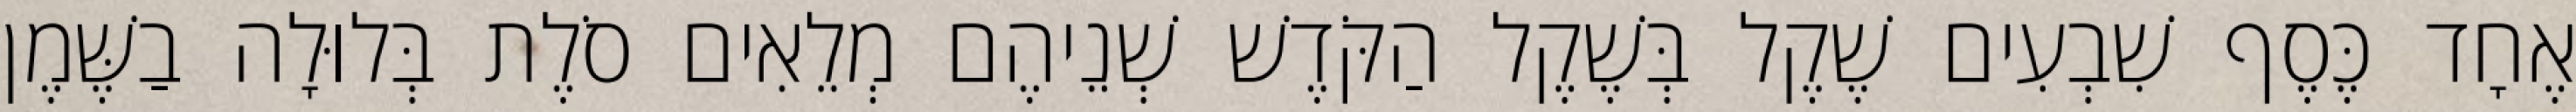
אֶחָד כֶּסֶף שִׁבְעִים שֶׁקֶל בְּשֶׁקֶל הַקֹּדֶשׁ שְׁנֵיהֶם מְלֵאִים סֹלֶת בְּלוּלָה בַשֶּׁמֶן